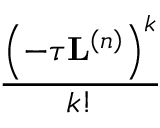
\frac { \left( - \tau \mathbf { L } ^ { \left( n \right) } \right) ^ { k } } { k ! }